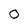
Character: 0